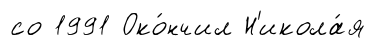
со 1991 Око́нчил Н'икола́я